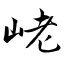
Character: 峔